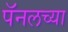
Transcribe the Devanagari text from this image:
पॅनलच्या